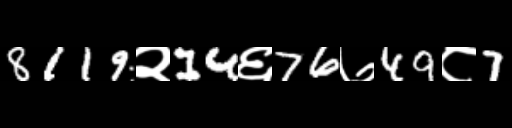
Text: 8119२14६76७49८7